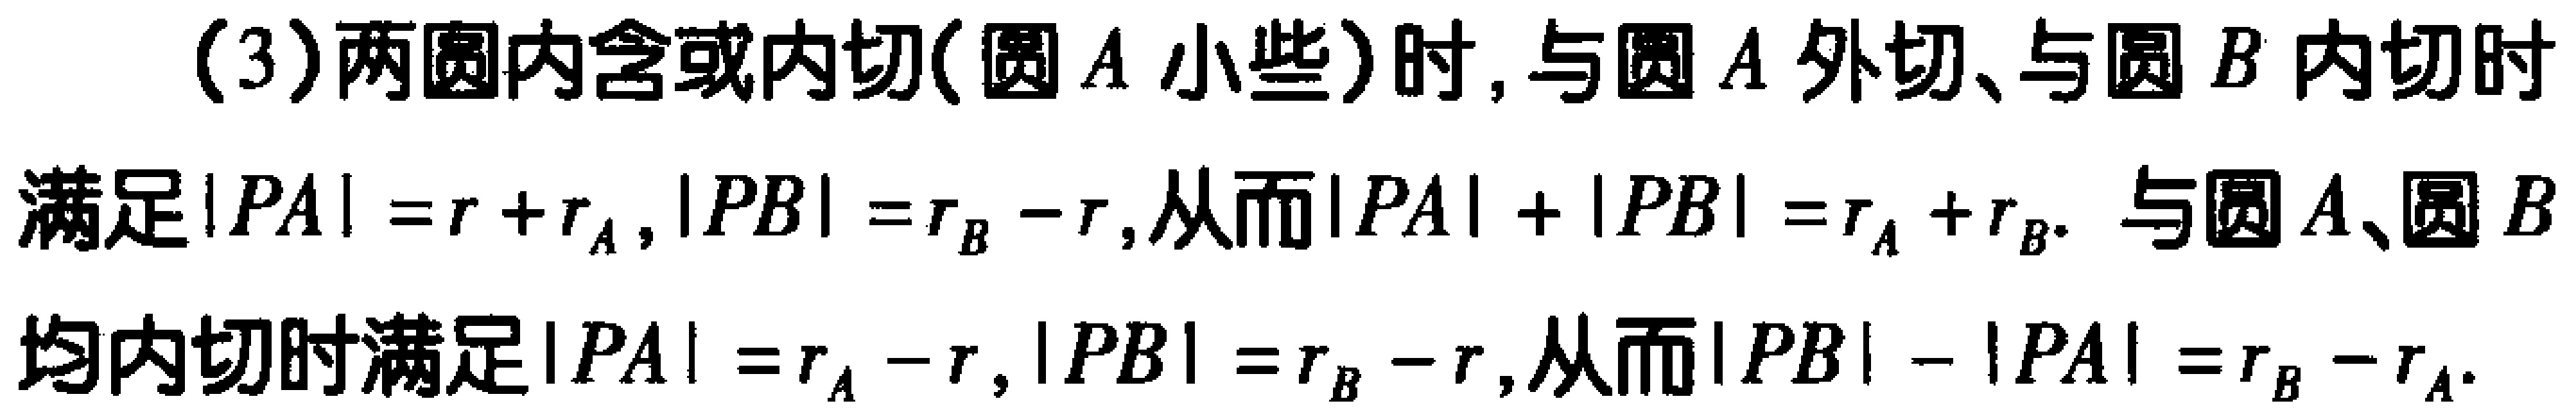
(3)两圆内含或内切(圆\(A\)小些)时, 与圆\(A\)外切、与圆\(B\)内切时
满足\(\vert PA\vert = r + r_{A},\vert PB\vert = r_{B}-r\),从而\(\vert PA\vert+\vert PB\vert = r_{A}+r_{B}\). 与圆\(A\)、圆\(B\)
均内切时满足\(\vert PA\vert = r_{A}-r,\vert PB\vert = r_{B}-r\),从而\(\vert PB\vert-\vert PA\vert = r_{B}-r_{A}\).